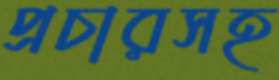
প্রচারসহ